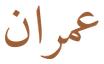
عمران